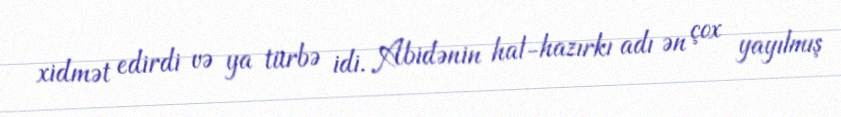
xidmət edirdi və ya türbə idi. Abidənin hal-hazırkı adı ən çox yayılmış